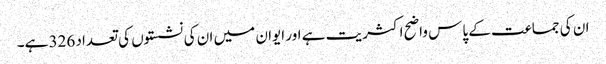
ان کی جماعت کے پاس واضح اکثریت ہے اور ایوان میں ان کی نشستوں کی تعداد 326 ہے۔